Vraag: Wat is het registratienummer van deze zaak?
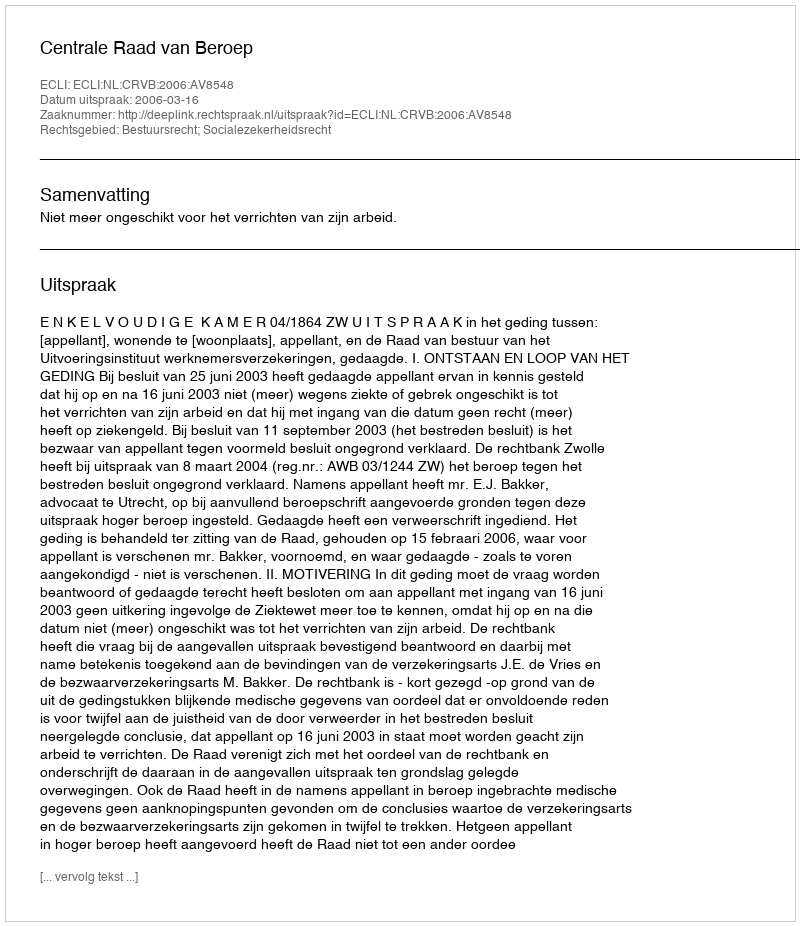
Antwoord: http://deeplink.rechtspraak.nl/uitspraak?id=ECLI:NL:CRVB:2006:AV8548